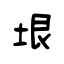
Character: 垠